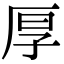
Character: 厚